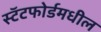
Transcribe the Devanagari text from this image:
स्टॅटफोर्डमधील